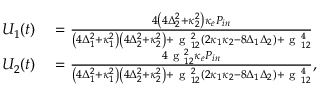
\begin{array} { r l } { U _ { 1 } ( t ) } & { { } = \frac { 4 \left( 4 \Delta _ { 2 } ^ { 2 } + \kappa _ { 2 } ^ { 2 } \right) \kappa _ { e } P _ { i n } } { \left( 4 \Delta _ { 1 } ^ { 2 } + \kappa _ { 1 } ^ { 2 } \right) \left( 4 \Delta _ { 2 } ^ { 2 } + \kappa _ { 2 } ^ { 2 } \right) + \mathrm { ~ g ~ } _ { 1 2 } ^ { 2 } \left( 2 \kappa _ { 1 } \kappa _ { 2 } - 8 \Delta _ { 1 } \Delta _ { 2 } \right) + \mathrm { ~ g ~ } _ { 1 2 } ^ { 4 } } } \\ { U _ { 2 } ( t ) } & { { } = \frac { 4 \mathrm { ~ g ~ } _ { 1 2 } ^ { 2 } \kappa _ { e } P _ { i n } } { \left( 4 \Delta _ { 1 } ^ { 2 } + \kappa _ { 1 } ^ { 2 } \right) \left( 4 \Delta _ { 2 } ^ { 2 } + \kappa _ { 2 } ^ { 2 } \right) + \mathrm { ~ g ~ } _ { 1 2 } ^ { 2 } \left( 2 \kappa _ { 1 } \kappa _ { 2 } - 8 \Delta _ { 1 } \Delta _ { 2 } \right) + \mathrm { ~ g ~ } _ { 1 2 } ^ { 4 } } , } \end{array}